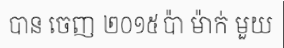
បាន ចេញ ២០១៥ ប៉ា ម៉ាក់ មួយ